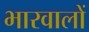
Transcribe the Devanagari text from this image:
भारवालों